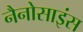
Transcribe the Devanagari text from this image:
नैनोसाइंस